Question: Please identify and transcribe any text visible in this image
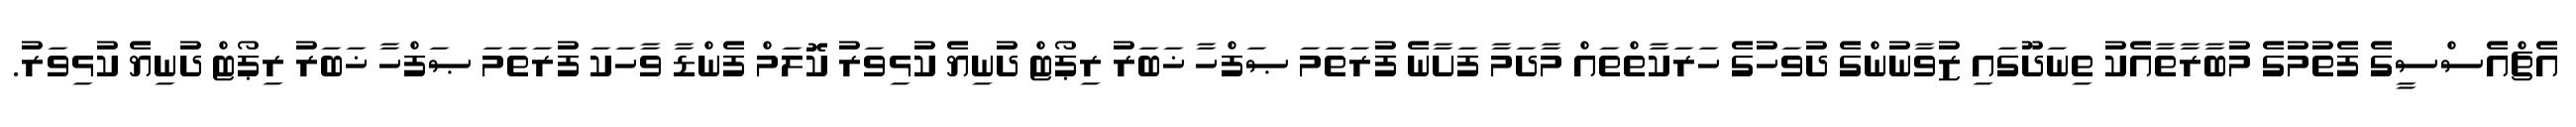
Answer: އެޗްއެސްސީގެ ފެތުމުގެ މުބާރާތާއެކު ތިނަދޫގައި ޒުވާނުންގެ ދުވަހުގެ ހަރަކާތްތައް މާދަމާ ފަށާނެ ފުރަތަމަ ޞަފްހާ ޚަބަރު ރިޕޯޓް ދުނިޔެ ކުޅިވަރު ކޮލަމް ފެންޑާ ވާހަކަ ފުރަތަމަ ޞަފްހާ ޚަބަރު ރިޕޯޓް ދުނިޔެ ކުޅިވަރު.